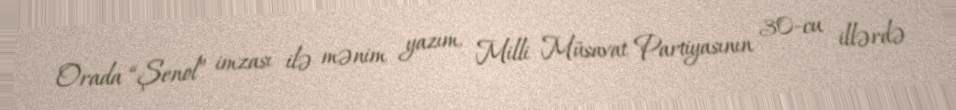
Orada “Şenol” imzası ilə mənim yazım, Milli Müsavat Partiyasının 30-cu illərdə